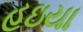
હઇયા